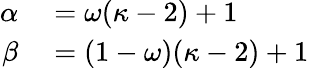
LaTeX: \begin{array}{rl}{\alpha}&{{}=\omega(\kappa-2)+1}\\ {\beta}&{{}=(1-\omega)(\kappa-2)+1}\end{array}